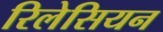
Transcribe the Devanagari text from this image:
रिलेसियन